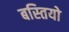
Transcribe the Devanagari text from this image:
बस्‍तियो